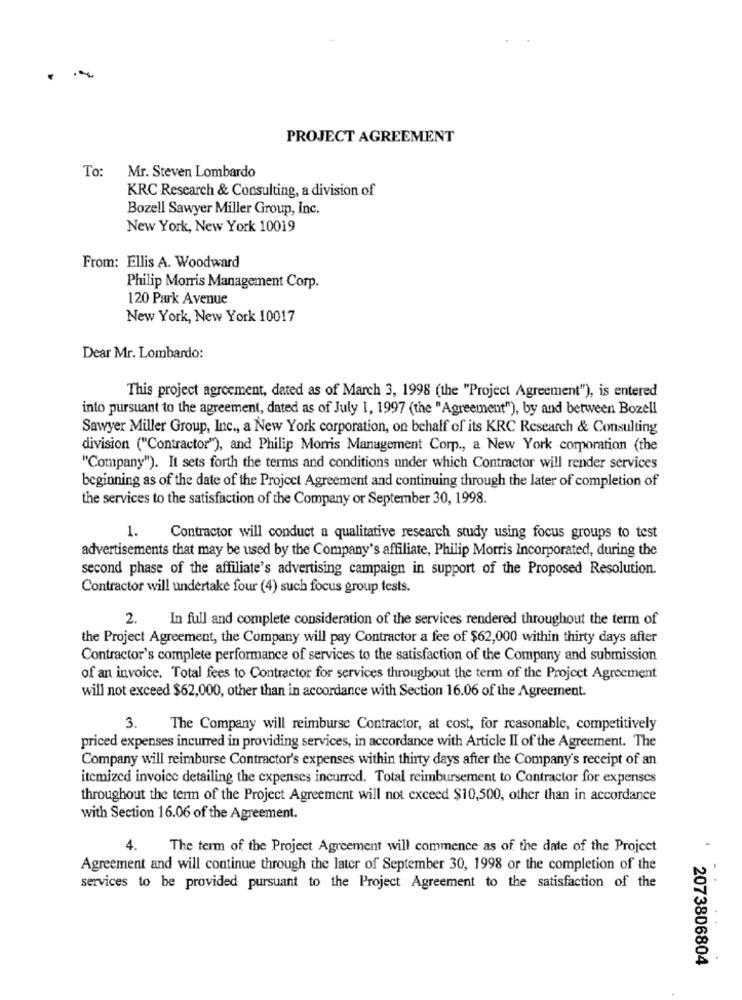
PROJECT AGREEMENT
To:
Mr. Steven Lombardo
KRC Research & Consulting, a division of
Bozell Sawyer Miller Group, Inc.
New York, New York 10019
From: Ellis A. Woodward
Philip Morris Management Corp.
120 Park Avenue
New York, New York 10017
Dear Mr. Lombardo:
This project agreement, dated as of March 3, 1998 (the "Project Agreement"), is entered
into pursuant to the agreement, dated as of July 1, 1997 (the "Agreement"), by and between Bozell
Sawyer Miller Group, Inc ., a New York corporation, on behalf of its KRC Research & Consulting
division ("Contractor"), and Philip Morris Management Corp ., a New York corporation (the
"Company"). It sets forth the terms and conditions under which Contractor will render services
beginning as of the date of the Project Agreement and continuing through the later of completion of
the services to the satisfaction of the Company or September 30, 1998.
1.
Contractor will conduct a qualitative research study using focus groups to test
advertisements that may be used by the Company's affiliate, Philip Morris Incorporated, during the
second phase of the affiliate's advertising campaign in support of the Proposed Resolution.
Contractor will undertake four (4) such focus group tests.
2. In full and complete consideration of the services rendered throughout the term of
the Project Agreement, the Company will pay Contractor a fee of $62,000 within thirty days after
Contractor's complete performance of services to the satisfaction of the Company and submission
of an invoice. Total fees to Contractor for services throughout the term of the Project Agreement
will not exceed $62,000, other than in accordance with Section 16.06 of the Agreement.
3.
The Company will reimburse Contractor, at cost, for reasonable, competitively
priced expenses incurred in providing services, in accordance with Article II of the Agreement. The
Company will reimburse Contractor's expenses within thirty days after the Company's receipt of an
itemized invoice detailing the expenses incurred. Total reimbursement to Contractor for expenses
throughout the term of the Project Agreement will not exceed $10,500, other than in accordance
with Section 16.06 of the Agreement.
4. The term of the Project Agreement will commence as of the date of the Project
Agreement and will continue through the later of September 30, 1998 or the completion of the
services to be provided pursuant to the Project Agreement to the satisfaction of the
2073806804